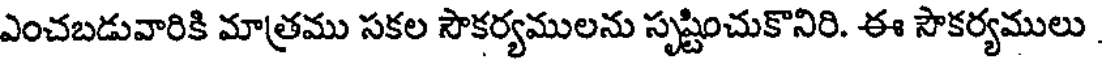
ఎంచబడువారికి మాత్రము సకల సౌకర్యములను సృష్టించుకొనిరి. ఈ సౌకర్యములు